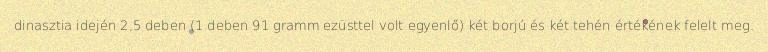
dinasztia idején 2,5 deben (1 deben 91 gramm ezüsttel volt egyenlő) két borjú és két tehén értékének felelt meg.